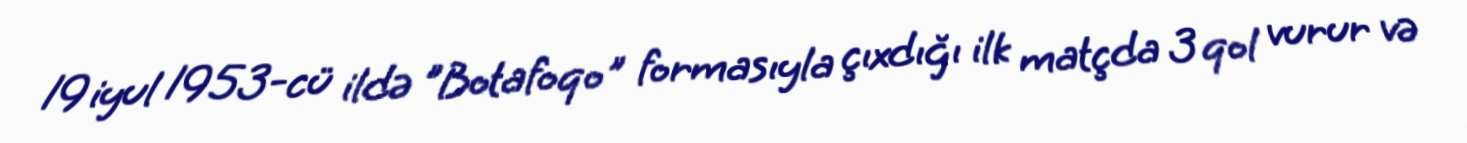
19 iyul 1953-cü ildə "Botafoqo" formasıyla çıxdığı ilk matçda 3 qol vurur və